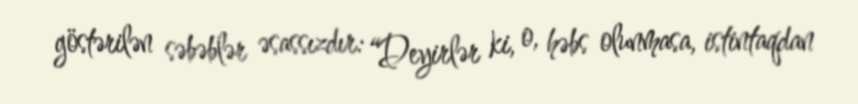
göstərilən səbəblər əsassızdır: “Deyirlər ki, o, həbs olunmasa, istintaqdan